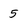
Character: 5